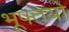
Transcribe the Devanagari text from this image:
भूपतयो